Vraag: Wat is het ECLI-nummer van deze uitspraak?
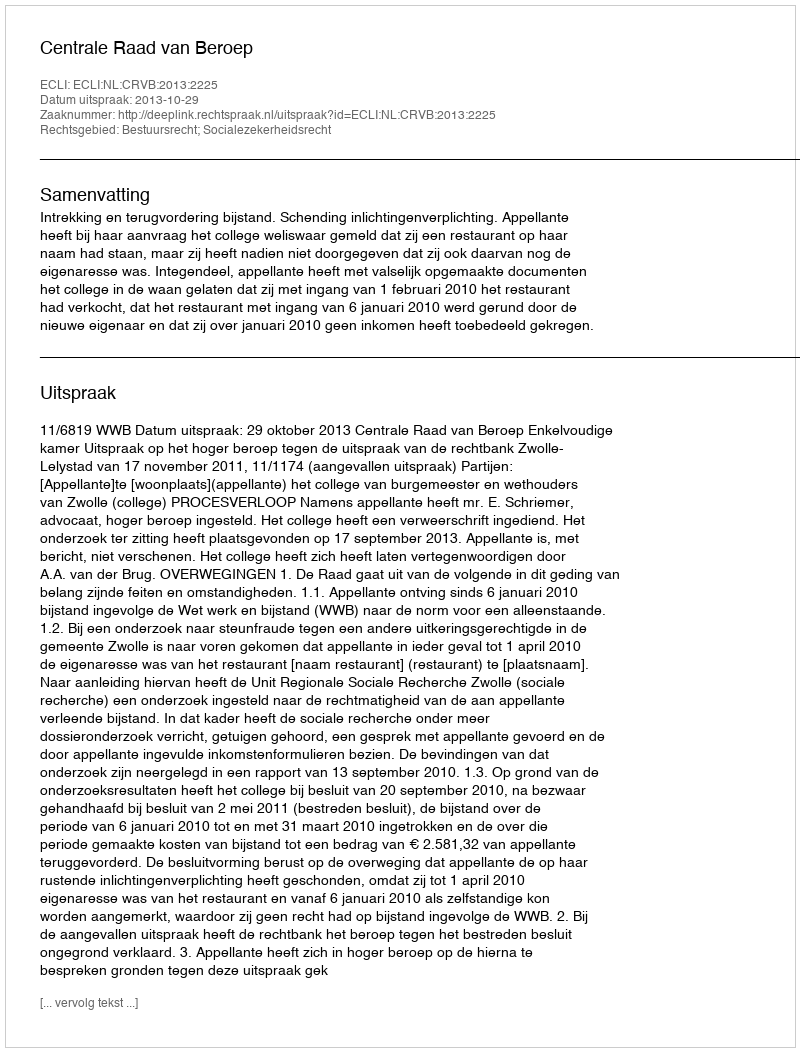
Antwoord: ECLI:NL:CRVB:2013:2225